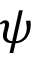
\psi